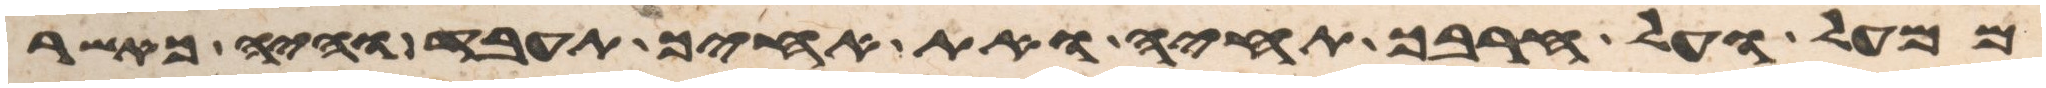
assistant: ממעל ועל חרבך תחיה ואת אחיך תעבד והיה כאשר